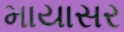
માયાસર